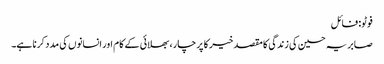
فوٹو: فائل
صابریہ حسین کی زندگی کا مقصد خیر کا پرچار، بھلائی کے کام اور انسانوں کی مدد کرنا ہے۔